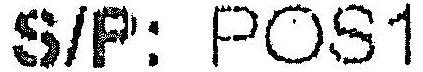
S/P: POS1